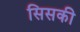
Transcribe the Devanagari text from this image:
सिसकी